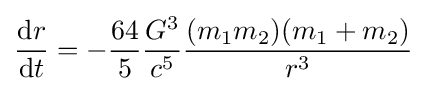
{\frac {\mathrm {d} r}{\mathrm {d} t}}=-{\frac {64}{5}}{\frac {G^{3}}{c^{5}}}{\frac {(m_{1}m_{2})(m_{1}+m_{2})}{r^{3}}}\